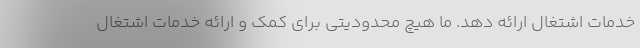
خدمات اشتغال ارائه دهد. ما هیچ محدودیتی برای کمک و ارائه خدمات اشتغال